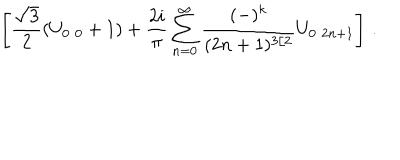
\left[ \frac { \sqrt { 3 } } { 2 } ( U _ { 0 \, \, 0 } + 1 ) + \frac { 2 i } { \pi } \sum _ { n = 0 } ^ { \infty } \frac { ( - ) ^ { k } } { ( 2 n + 1 ) ^ { 3 / 2 } } U _ { 0 \, \, 2 n + 1 } \right] \, .